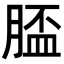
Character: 𦞑